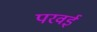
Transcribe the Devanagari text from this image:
परवई